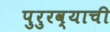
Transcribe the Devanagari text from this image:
पुरुरव्याची